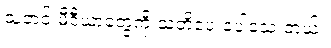
သတင်းမီဒီယာတွေကို သတိပေးခဲ့ပါသေးတယ်။